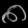
Digit: ၈